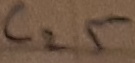
Text: C25